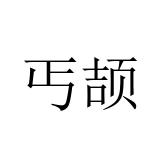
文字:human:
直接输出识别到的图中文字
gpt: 丐颉